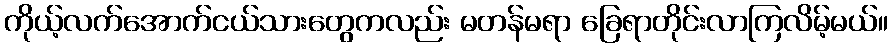
ကိုယ့်လက်အောက်ငယ်သားတွေကလည်း မတန်မရာ ခြေရာတိုင်းလာကြလိမ့်မယ်။